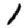
Digit: 1